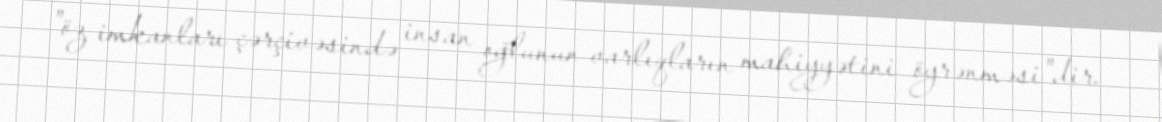
"öz imkanları çərçivəsində insan oğlunun varlıqların mahiyyətini öyrənməsi"dir.